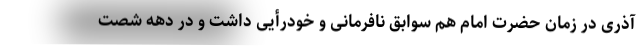
آذری در زمان حضرت امام هم سوابق نافرمانی و خودرأیی داشت و در دهه شصت